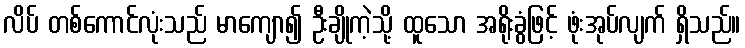
လိပ် တစ်ကောင်လုံးသည် မာကျော၍ ဦးချိုကဲ့သို့ ထူသော အရိုးခွံဖြင့် ဖုံးအုပ်လျက် ရှိသည်။